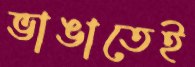
ভাঙাতেই